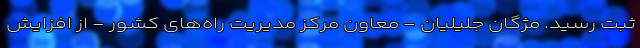
ثبت رسید. مژگان جلیلیان - معاون مرکز مدیریت راه‌های کشور - از افزایش